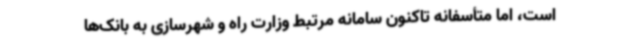
است، اما متأسفانه تاکنون سامانه مرتبط وزارت راه و شهرسازی به بانک‌ها